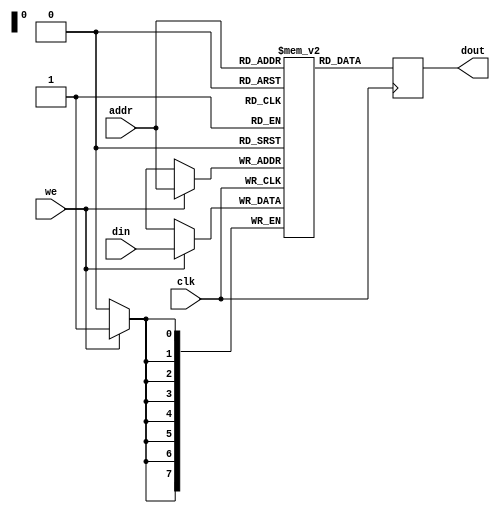
module bram (
    input wire clk,        // Clock signal
    input wire we,        // Write enable signal
    input wire [7:0] addr, // 8-bit address input (256 locations)
    input wire [7:0] din,  // 8-bit data input
    output reg [7:0] dout  // 8-bit data output
);

    // Define the size of the BRAM
    reg [7:0] ram [0:255]; // 256 x 8-bit memory array

    // Synchronous operation
    always @(posedge clk) begin
        if (we) begin
            // Write operation
            ram[addr] <= din; // Write data to the specified address
        end
        // Read operation
        dout <= ram[addr]; // Output data from the specified address
    end

    // Optional: Reset functionality (if desired)
    // input wire rst, // Uncomment to include reset functionality

    // Optional: Initialization can be done here if needed
    // For example, preloading memory values

    // Optional: Address decoding can be added to check for valid addresses
    // This implementation assumes that addr is always valid in the 0-255 range

endmodule